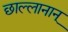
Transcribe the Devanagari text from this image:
छाल्लानान्